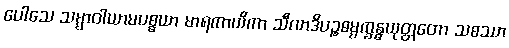
ပေါသေ သမ္မာဝါယာမပစ္စယာ မာရကာယိကာ သီလာဒိပဉ္စဓမ္မက္ခန္ဓယုတ္တတော သစဿာ